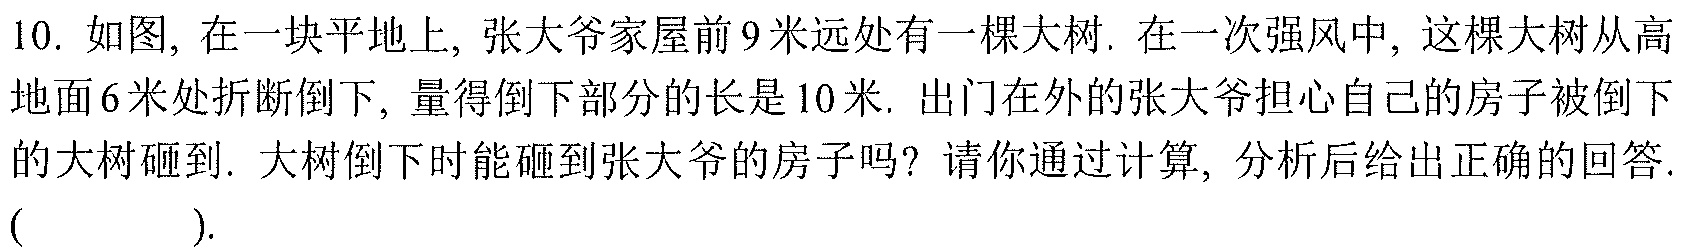
10. 如图, 在一块平地上, 张大爷家屋前9米远处有一棵大树. 在一次强风中, 这棵大树从高
地面6米处折断倒下, 量得倒下部分的长是10米. 出门在外的张大爷担心自己的房子被倒下
的大树砸到. 大树倒下时能砸到张大爷的房子吗? 请你通过计算, 分析后给出正确的回答.
(  ).